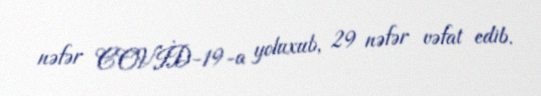
nəfər COVİD-19-a yoluxub, 29 nəfər vəfat edib.